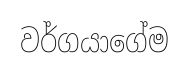
වර්ගයාගේම